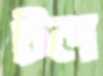
টল